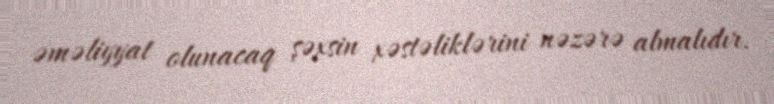
əməliyyat olunacaq şəxsin xəstəliklərini nəzərə almalıdır.